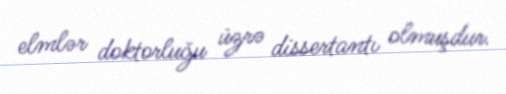
elmlər doktorluğu üzrə dissertantı olmuşdur.